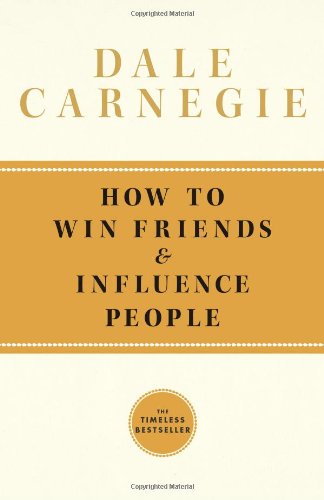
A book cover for How To Win Friends and Influence People; Dale Carnegie; Self-Help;